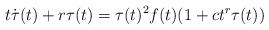
LaTeX: \begin{align*}t \dot{\tau} (t) + r\tau (t) = \tau (t)^{2} f(t) ( 1 + c t^{r} \tau (t))\end{align*}